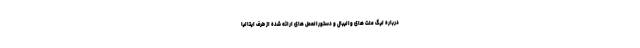
درباره لیگ ملت های والیبال و دستورالعمل های ارائه شده از طرف ایتالیا